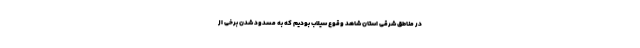
در مناطق شرقی استان شاهد وقوع سیلاب بودیم که به مسدود شدن برخی از